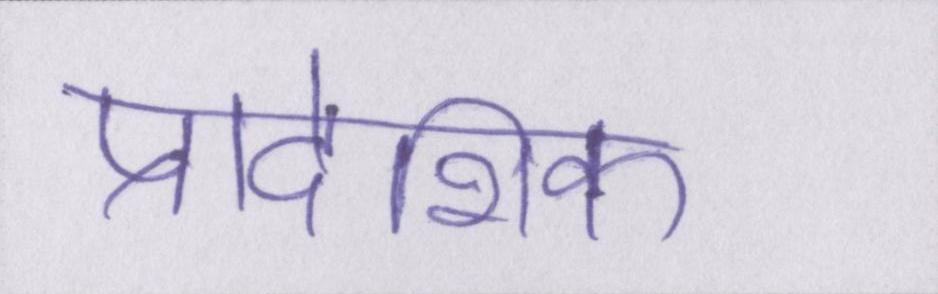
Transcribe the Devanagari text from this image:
प्रादेशिक